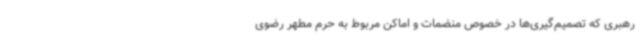
رهبری که تصمیم‌گیری‌ها در خصوص منضمات و اماکن مربوط به حرم مطهر رضوی